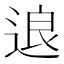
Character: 𰺽